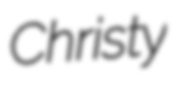
Christy